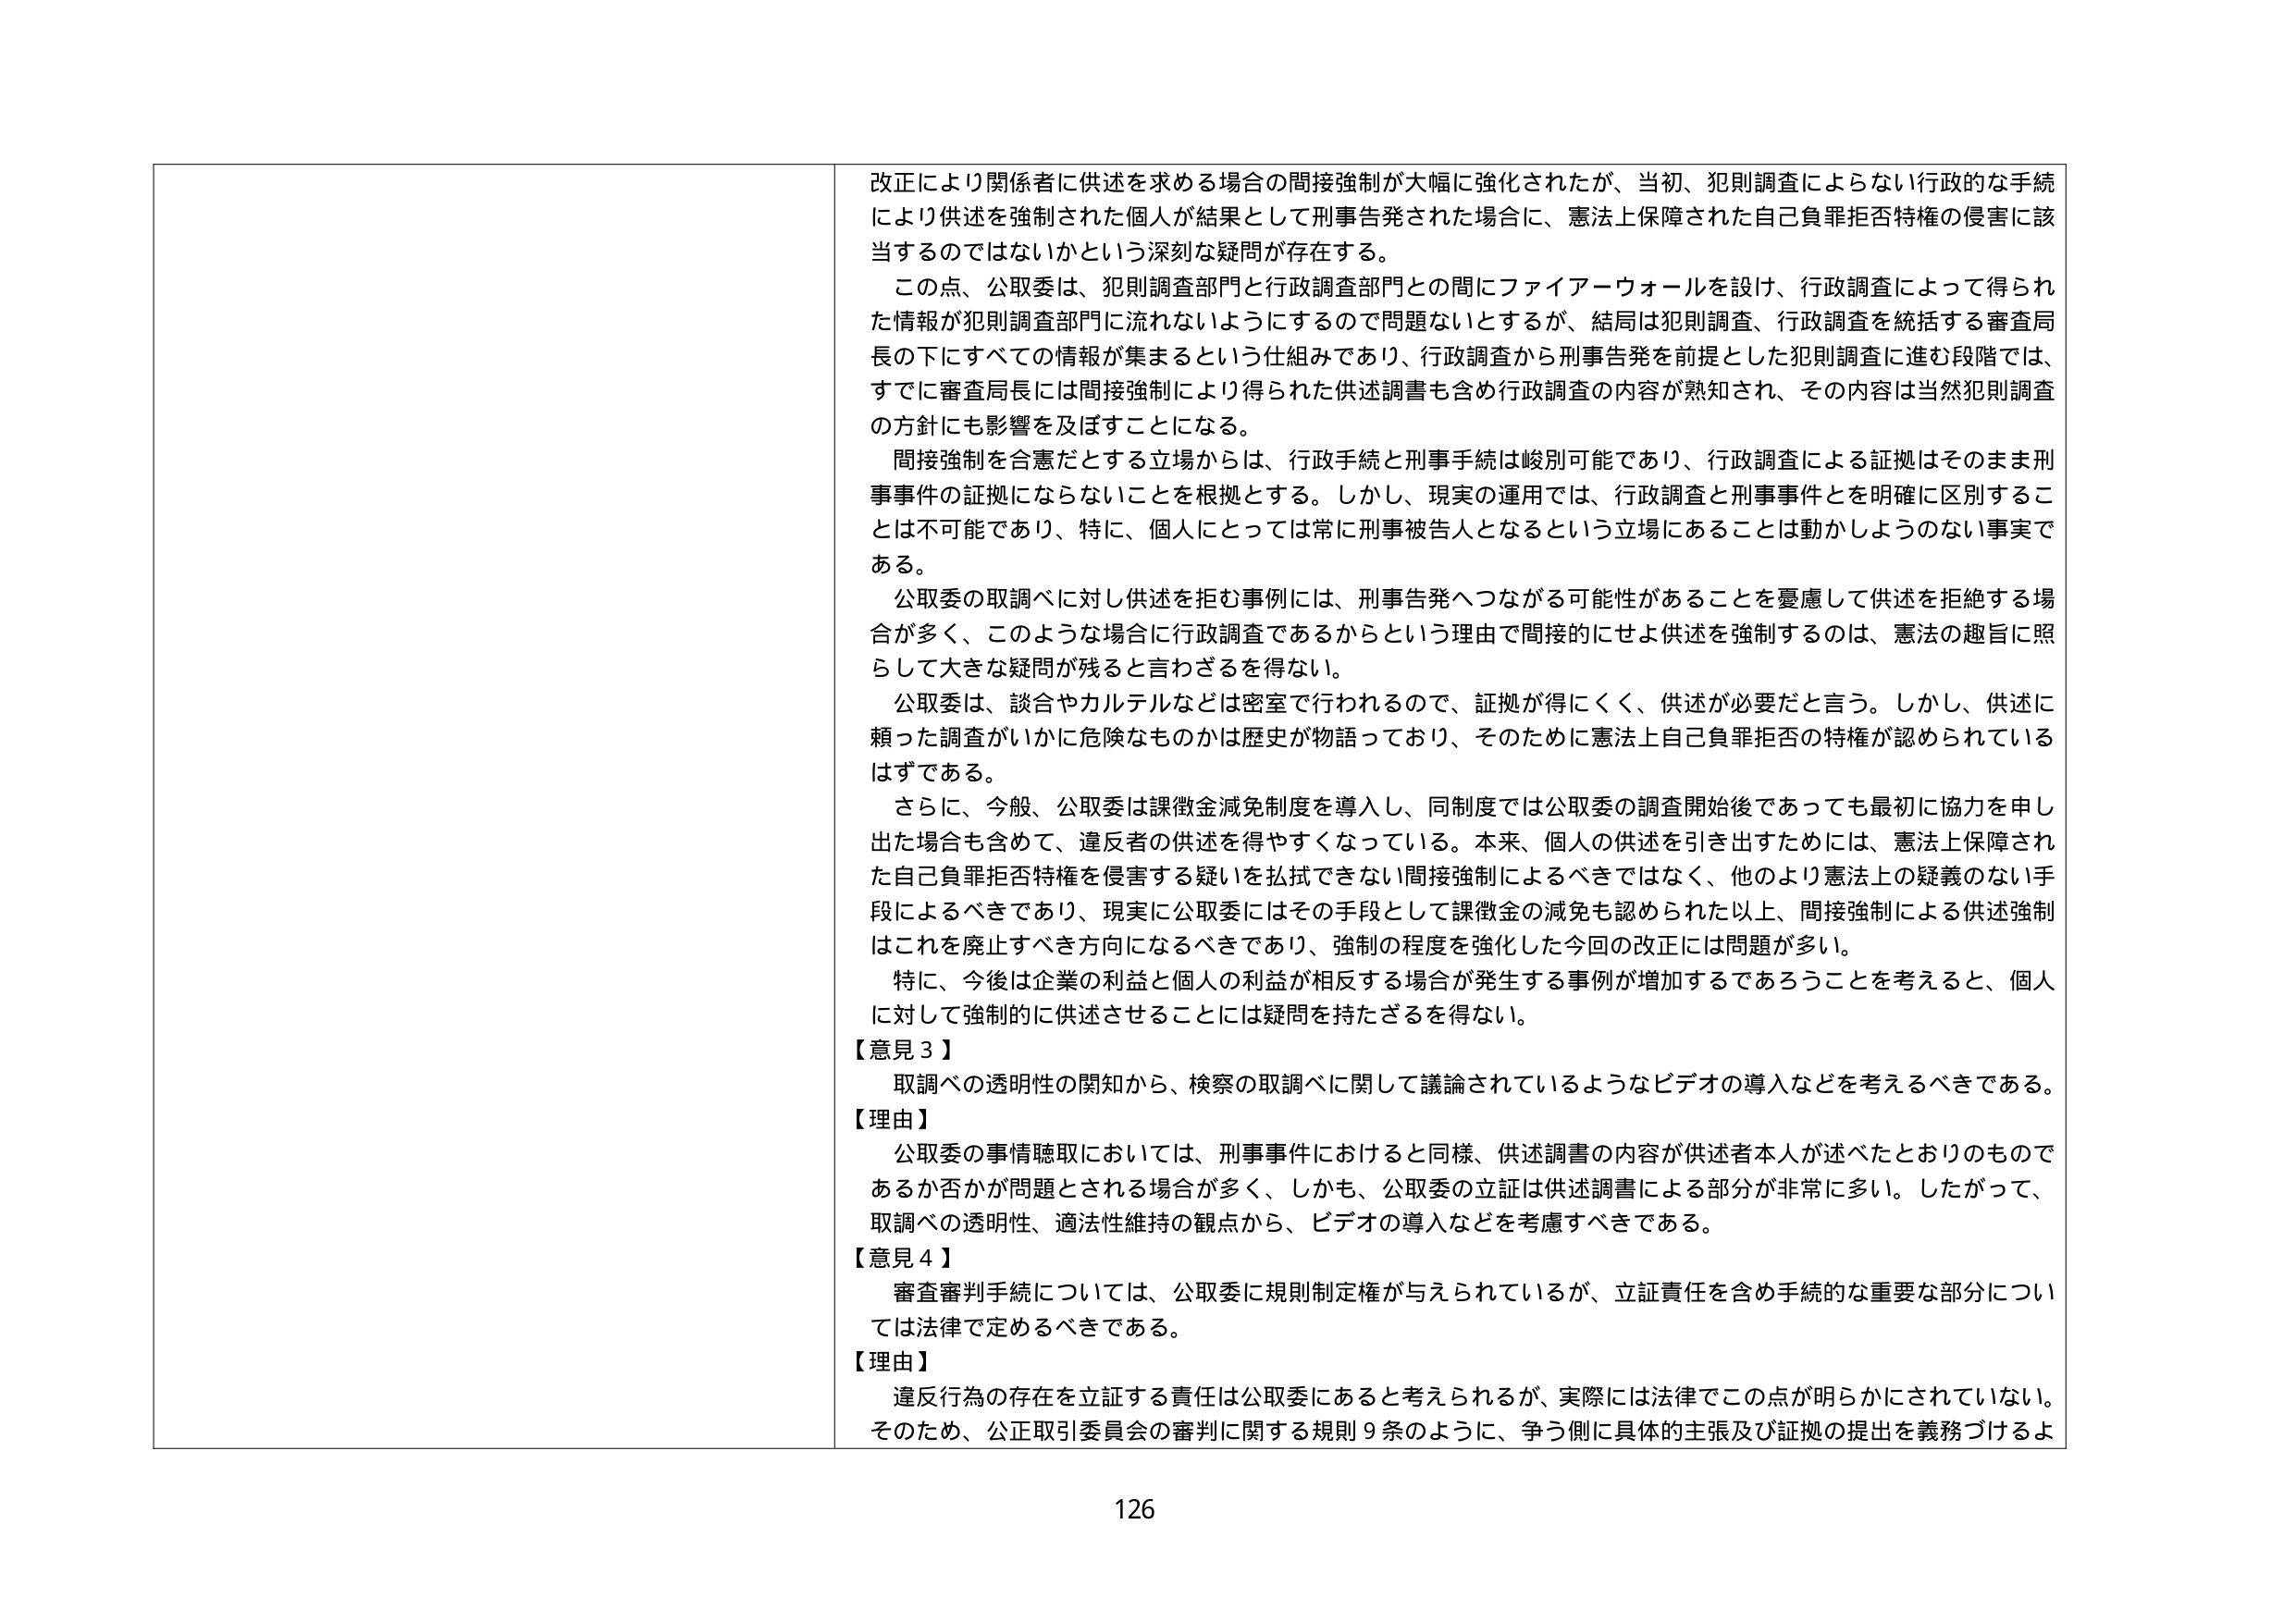
改正により関係者に供述を求める場合の間接強制が大幅に強化されたが、当初、犯則調査によらない行政的な手続により供述を強制された個人が結果として刑事告発された場合に、憲法上保障された自己負罪拒否特権の侵害に該当するのではないかという深刻な疑問が存在する。

この点、公取委は、犯則調査部門と行政調査部門との間にファイアーウォールを設け、行政調査によって得られた情報が犯則調査部門に流れないようにするので問題ないとするが、結局は犯則調査、行政調査を統括する審査局長の下にすべての情報が集まるという仕組みであり、行政調査から刑事告発を前提とした犯則調査に進む段階では、すでに審査局長には間接強制により得られた供述調書も含め行政調査の内容が熟知され、その内容は当然犯則調査の方針にも影響を及ぼすことになる。

間接強制を合憲だとする立場からは、行政手続と刑事手続は峻別可能であり、行政調査による証拠はそのまま刑事事件の証拠にならないことを根拠とする。しかし、現実の運用では、行政調査と刑事事件とを明確に区別することは不可能であり、特に、個人にとっては常に刑事被告人となるという立場にあることは動かしようのない事実である。

公取委の取調べに対し供述を拒む事例には、刑事告発へつながる可能性があることを憂慮して供述を拒絶する場合が多く、このような場合に行政調査であるからという理由で間接的にせよ供述を強制するのは、憲法の趣旨に照らして大きな疑問が残ると言わざるを得ない。

公取委は、談合やカルテルなどは密室で行われるので、証拠が得にくく、供述が必要だと言う。しかし、供述に頼った調査がいかに危険なものかは歴史が物語っており、そのために憲法上自己負罪拒否の特権が認められているはずである。

さらに、今般、公取委は課徴金減免制度を導入し、同制度では公取委の調査開始後であっても最初に協力を申し出た場合も含めて、違反者の供述を得やすくなっている。本来、個人の供述を引き出すためには、憲法上保障された自己負罪拒否特権を侵害する疑いを払拭できない間接強制によるべきではなく、他のより憲法上の疑義のない手段によるべきであり、現実に公取委にはその手段として課徴金の減免も認められた以上、間接強制による供述強制はこれを廃止すべき方向になるべきであり、強制の程度を強化した今回の改正には問題が多い。

特に、今後は企業の利益と個人の利益が相反する場合が発生する事例が増加するであろうことを考えると、個人に対して強制的に供述させることには疑問を持たざるを得ない。

【意見３】
取調べの透明性の関知から、検察の取調べに関して議論されているようなビデオの導入などを考えるべきである。

【理由】
公取委の事情聴取においては、刑事事件におけると同様、供述調書の内容が供述者本人が述べたとおりのものであるか否かが問題とされる場合が多く、しかも、公取委の立証は供述調書による部分が非常に多い。したがって、取調べの透明性、適法性維持の観点から、ビデオの導入などを考慮すべきである。

【意見４】
審査審判手続については、公取委に規則制定権が与えられているが、立証責任を含め手続的な重要な部分については法律で定めるべきである。

【理由】
違反行為の存在を立証する責任は公取委にあると考えられるが、実際には法律でこの点が明らかにされていない。そのため、公正取引委員会の審判に関する規則９条のように、争う側に具体的主張及び証拠の提出を義務づけるよ

126